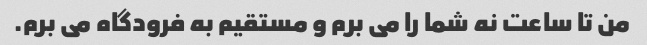
من تا ساعت نه شما را می برم و مستقیم به فرودگاه می برم.